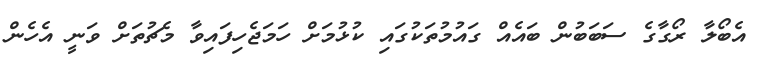
އެބޯލާ ރޯގާގެ ސަބަބުން ބައެއް ގައުމުތަކުގައި ކުޅުމަށް ހަަމަޖެހިފައިވާ މެޗުތަށް ވަނީ އެހެން